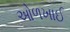
ઓળખાઈ